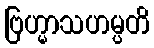
ဗြဟ္မာသဟမ္ပတိ